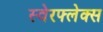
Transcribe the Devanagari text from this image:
स्वेरफ्लेक्स